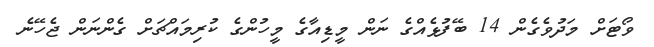
ވޯޓަށް މަދުވެގެން 14 ބޭފުޅެއްގެ ނަން މީޑިއާގެ މީހުންގެ ކުރިމައްޗަށް ގެންނަން ޖެހޭނެ